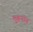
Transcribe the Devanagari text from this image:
लुबनॉन